Calcutta medical institutions reports 1879-81 [i.e.91]
Year: 1879
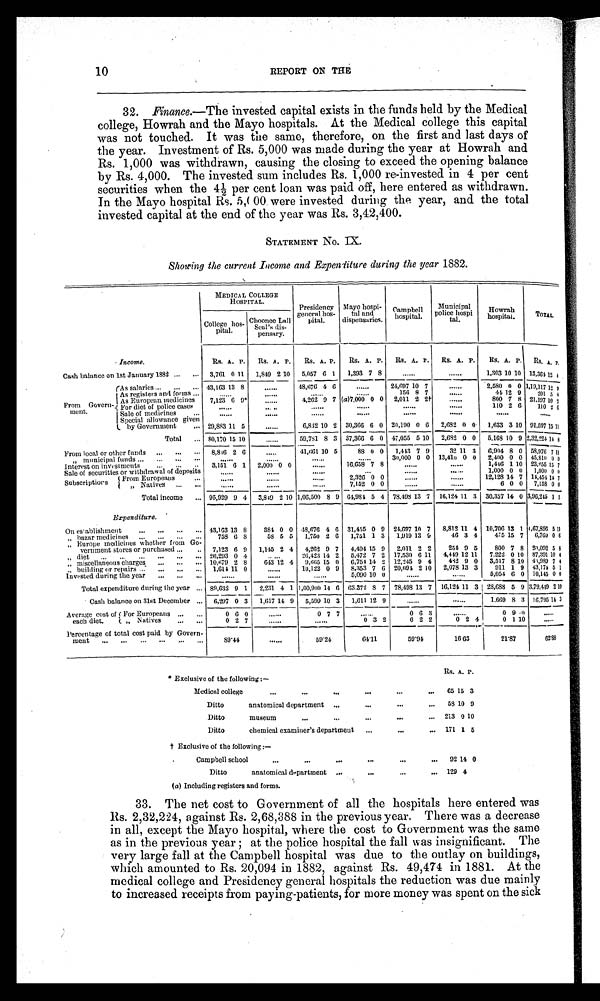
10
REPORT ON THE
32. Finance.— The invested capital exists in the funds held by the Medical
college, Howrah and the Mayo hospitals. At the Medical college this capital
was not touched. It was the same, therefore, on the first and last days of
the year. Investment of Rs. 5,000 was made during the year at Howrah and
Rs. 1,000 was withdrawn, causing the closing to exceed the opening balance
by Rs. 4,000. The invested sum includes Rs. 1,000 re-invested in 4 per cent
securities when the 4½ per cent loan was paid off, here entered as withdrawn.
In the Mayo hospital Rs. 5,000 were invested during the year, and the total
invested capital at the end of the year was Rs. 3,42,400.
STATEMENT NO. IX.
Showing the current Income and Expenditure during the year 1882.
MEDICAL COLLEGE
HOSPITAL.
Presidency
general hos-
pital.
Mayo hospi-
tal and
dispensaries.
Campbell
hospital.
Municipal
police hospital.
Howrah
hospital.
TOTAL.
College hos-
pital.
Choonee Lall
seal's dis-
Pensary.
Income.
Rs. A. P. Rs. A. P. Rs. A. P. Rs. A. P. Rs. A. P. RS. A. P. Rs. A. P. RS. A. P.
Cash balance on 1st January 1882
3,761 0 11 1,849 2 10 5,057 6 1 1,393 7 8 ......
. . . . . .
1,303 10 10 13,364 12 4
From Govern-
ment.
As salaries
43,163 13 8
......
48,676 4 6
......
24,697 10 7
. . . . . .
2,580 0
0
1,19,117 12
9
As registers and forms
. . . . . .
. . . . . .
. . . . . .
. . . . . .
156 8 7
. . . . . .
44 12 9
201 5 4
As European medicines
7,123 6 9*
. . . . . .
4,262 9 7 (a)7,000 0 0 2,011 2 2†
. . . . . .
800 7 8 21.197 10 2
For diet of police cases
......
......
. . . . . .
. . . . . .
. . . . . .
. . . . . .
110 2 6
110 2
6
Sale of medicines
. . . . . .
. . . . . .
. . . . . .
. . . . . .
. . . . . .
. . . . . .
. . . . . .
. . . . . .
Special allowance given
by Government
29,883 11 5
. . . . . .
6,842 10 2 30,366 6 0 20,190 0 6 2,682 0 0 1,633 3 10 91,597
1 5 11
Total
80,170 15 10
......
59,781 8 3 37,366 6 0 47,055 5 10 2,682 0 0 5,168 10 9 2,32,224 14 8
From local or other funds
8,816 2 6
. . . . . .
41,661 10 5
88 0 0 1,443 7 9
32 11 3 6,904 8 0 58,976 7 11
„municipal funds
. . . . . .
. . . . . .
. . . . . .
. . . . . .
30,000 0 0 13,410 0 0 2,400 0 0 45,810 0 0
Interest on investments
3,151 6 1 2,000 0 0
. . . . . .
16,658 7 8
. . . . . .
. . . . . .
1,446 1 10 23,255 15 7
Sale of securities or withdrawal of deposits
. . . . . .
. . . . . .
. . . . . .
. . . . . .
. . . . . .
. . . . . .
1,000 0 0 1,000 0 0
Subscriptions
F r o m E u r o p e a n s
N a t i v e s
. . . . . .
. . . . . .
. . . . . .
2,326
7,152
0
0
0
0
. . . . . .
. . . . . .
12,128
6
14
0
7
0
14,454
7,158 1 4
0
7
0
Total income
95,929 9 4 3,849 2 10 1,06,500 8 9 64,984 5 4 78,498 13 7 16,124 11 3 30,357 14 0 3,95,245 1
1
Expenditure.
On establishment
43,163 13 8
384 0 0 48,676 4 6 31,455 0 9 24,697 10 7 8,812 11 4 10,706 13 1 1,67,896 5 11
„ bazar medicines
758 6 8
58 5 5 1,750 2 6 1,751 1 3 1,919 13 9
4 6 3 4
475 15 7 6,760 0 6
„ Europe medicines w h e t h e r f r o m G o v e r n m e n t s t o r e s o r p u r c h a s e d
7,123 6 9 1,145 2 4 4,262 9 7 4,494 15 9 2,011 2 2
254 9 5
800 7 8 20,092 5 8
„ diet
26,293 0 4
. . . . . .
26,423 14 2 5,472 7 2 17,530 6 1 1 4,449 12 11 7,222 0 10 87,391 10 4
„ miscellaneous charges
10,679 2 8
6 4 3 12 4 9,665 15 0 6,754 14 2 12,245 9 4
482 9 0
3,517 8 10 43,989 7 4
„ building or repairs
1,614 11 0
. . . . . .
10,122 0 9 8,353 7 6 20,094 2 10 2,078 13 3
911 1 9 43,174 5 1
Invested during the year
. . . . . .
. . . . . .
. . . . . .
5,090 10 0
. . . . . .
. . . . . .
5,054 6 0 10,145 0
0
Total expenditure during the year
89,632 9 1 2,231 4 1 1,00,900 14 6 63,372 8 7 78,498 13 7 16,124 11 3 28,688 5 9 3,79,449 2 10
Cash balance on 31st December
6,297 0 3 1,617 14 9 5,599 10 3 1,611 12 9
. . . . . .
. . . . . .
1,669 8 3 16,795 1 4 3
Average cost of
each diet.
For Europeans
0 6 0
. . . . . .
0 7 7
. . . . . .
0 6 3
. . . . . .
0 9 0
. . . . . .
,,Natives
0 2 7
. . . . . .
. . . . . .
0 3 2
0 2 2
0 2 4
0 1 10
. . . . . .
Percentage of total cost paid by Govern- m e n t
89.4
. . . . . .
59.24
6 4 . 1 1
5 9 . 9 4
16.63
2 1 . 8 7
62.88
* Exclusive of the following:—
Rs. A.P.
Medical college
...
...
... 65 153
Ditto
anatomical department
...
...
... 58 10 9
Ditto
museum
...
..
... 213 0 10
Ditto
chemical examiner's department ...
...
... 171 1 5
† Exclusive of the following:
—
Campbell school
...
...
... 92 14 0
Ditto
anatomical department
...
...
... 129 4
(a) Including registers and forms.
33. The net cost to Government of all the hospitals here entered was
Rs. 2,32,224, against Rs. 2,68,388 in the previous year, There was a decrease
in all, except the Mayo hospital, where the cost to Government was the same
as in the previous year ; at the police hospital the fall was insignificant. The
very large fall at the Campbell hospital was due to the outlay on buildings,
which amounted to Rs. 20,094 in 1882, against Rs. 49,474 in 1881. At the
medical college and Presidency general hospitals the reduction was due mainly
to increased receipts from paying-patients, for more money was spent on the sick